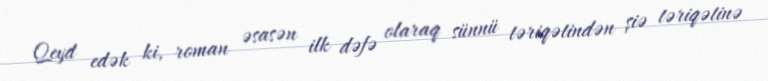
Qeyd edək ki, roman əsasən ilk dəfə olaraq sünnü təriqətindən şiə təriqətinə